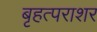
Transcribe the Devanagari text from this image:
बृहत्पराशर